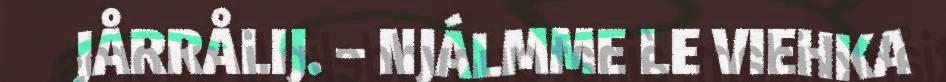
JÅRRÅLIJ. – NJÁLMME LE VIEHKA